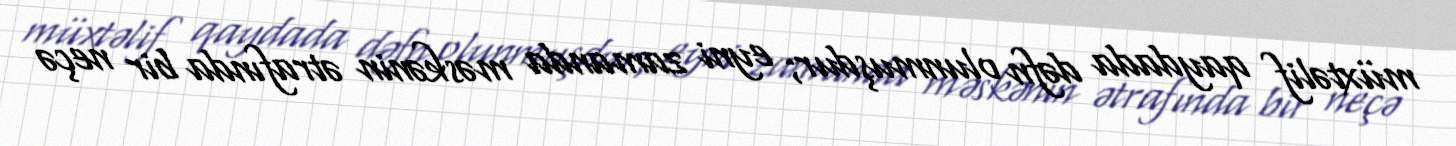
müxtəlif qaydada dəfn olunmuşdur; eyni zamanda məskənin ətrafında bir neçə